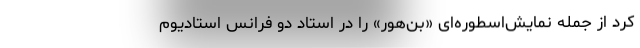
کرد از جمله نمایش‌اسطوره‌ای «بن‌هور» را در استاد دو فرانس استادیوم